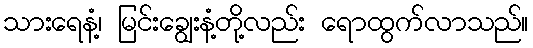
သားရေနံ့၊ မြင်းချွေးနံ့တို့လည်း ရောထွက်လာသည်။